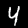
Digit: 4